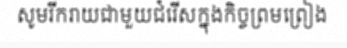
សូមរីករាយជាមួយជំរើសក្នុងកិច្ចព្រមព្រៀង